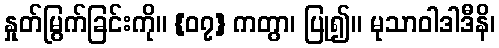
နှုတ်မြွက်ခြင်းကို။ {၀၇} ကတွာ၊ ပြု၍။ မုသာဝါဒါဒီနိ၊